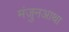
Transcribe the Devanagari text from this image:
मंजुनआथा